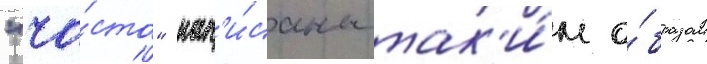
"ча́сто" нап'и́саны так'и́м о́бразом